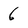
Character: 6